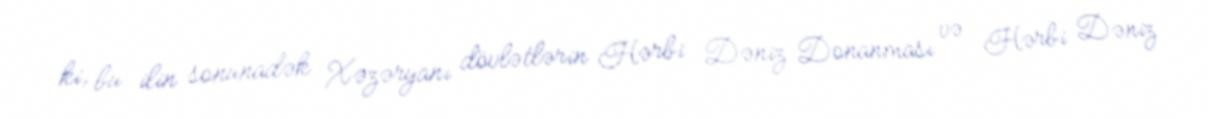
ki, bu ilin sonunadək Xəzəryanı dövlətlərin Hərbi Dəniz Donanması və Hərbi Dəniz